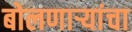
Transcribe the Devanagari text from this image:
बोलणाऱ्यांचा